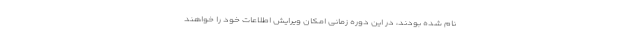
نام شده بودند، در این دوره زمانی امکان ویرایش اطلاعات خود را خواهند